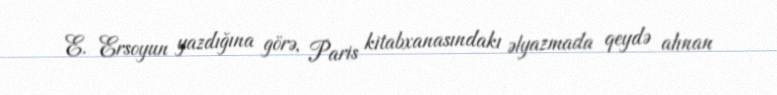
E. Ersoyun yazdığına görə, Paris kitabxanasındakı əlyazmada qeydə alınan